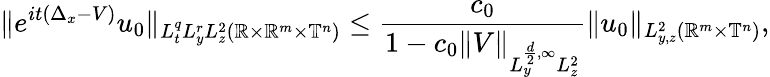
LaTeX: \| e^{it(\Delta_{x}-V)}u_{0}\| _{L_{t}^{q}L_{y}^{r}L_{z}^{2}(\mathbb{R}\times\mathbb{R}^{m}\times\mathbb{T}^{n})}\leq\frac{c_{0}}{1-c_{0}\| V\| _{L_{y}^{\frac{d}{2},\infty}L_{z}^{2}}}\| u_{0}\| _{L_{y,z}^{2}(\mathbb{R}^{m}\times\mathbb{T}^{n})},